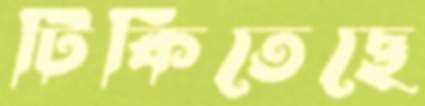
টিকিতেছে